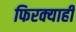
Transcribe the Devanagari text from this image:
फिरक्याही